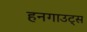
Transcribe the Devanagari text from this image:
हनगाउट्स